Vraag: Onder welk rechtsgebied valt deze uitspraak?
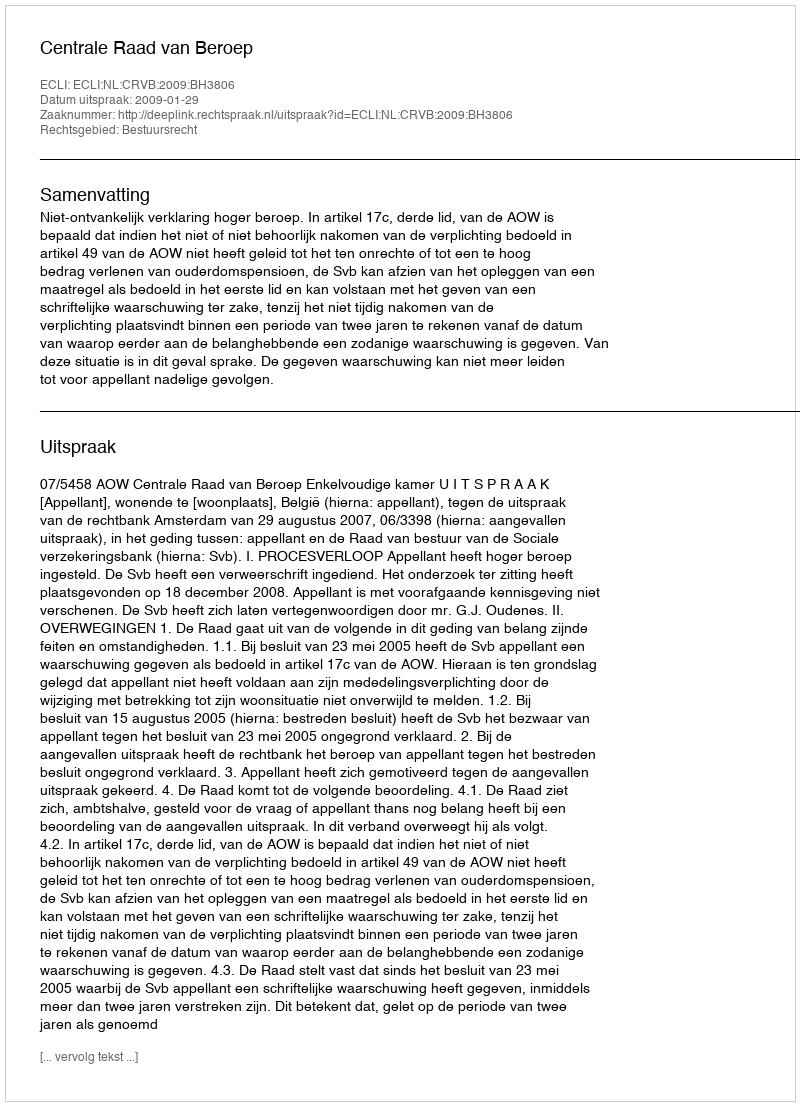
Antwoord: Bestuursrecht